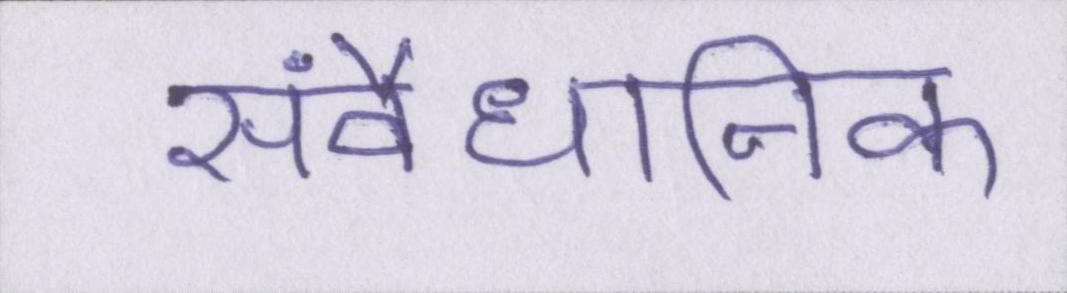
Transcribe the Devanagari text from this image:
संवैधानिक